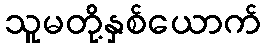
သူမတို့နှစ်ယောက်